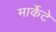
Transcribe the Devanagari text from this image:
मार्केटे